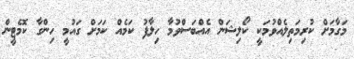
މަގާމަށް ކުރިމަތިލެއްވުމަކީ ކޯލިޝަން އެއްބަސްވުމާ ހިލާފު ކަމެއް ކަމަށް ގައުމީ ހިންގާ ކޮމެޓީން